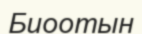
Биоотын